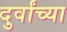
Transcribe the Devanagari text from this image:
दुर्वांच्या